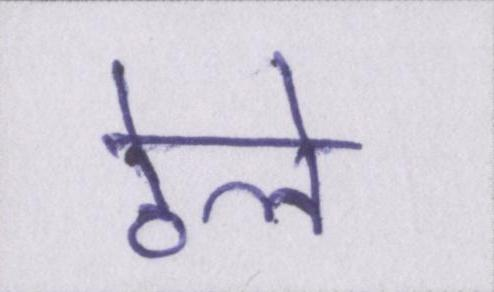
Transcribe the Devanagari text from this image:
ठेले